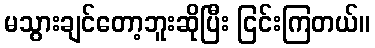
မသွားချင်တော့ဘူးဆိုပြီး ငြင်းကြတယ်။